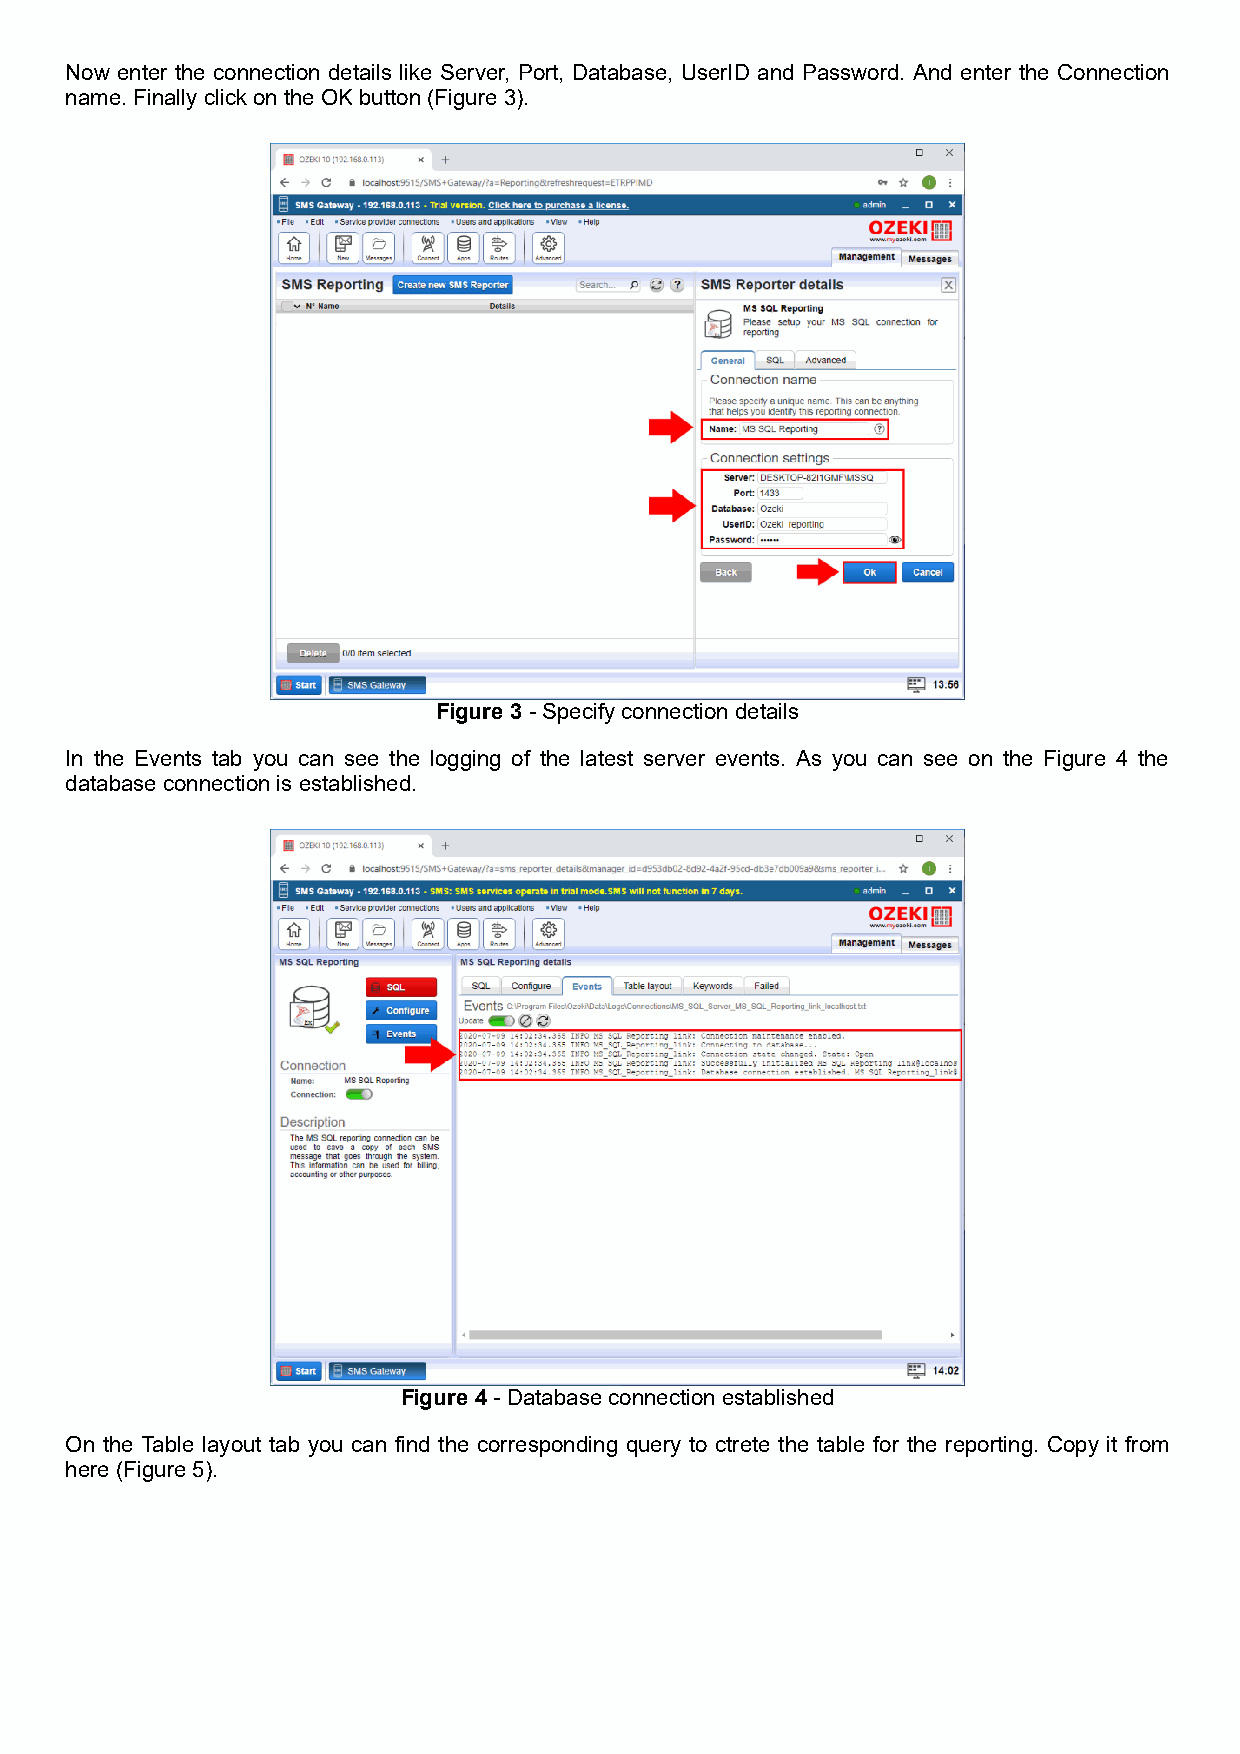
Now enter the connection details like Server, Port, Database, UserID and Password. And enter the Connection
 name. Finally click on the OK button (Figure 3).
 Figure 3 - Specify connection details
 In the Events tab you can see the logging of the latest server events. As you can see on the Figure 4 the
 database connection is established.
 Figure 4 - Database connection established
 On the Table layout tab you can find the corresponding query to ctrete the table for the reporting. Copy it from
 here (Figure 5).